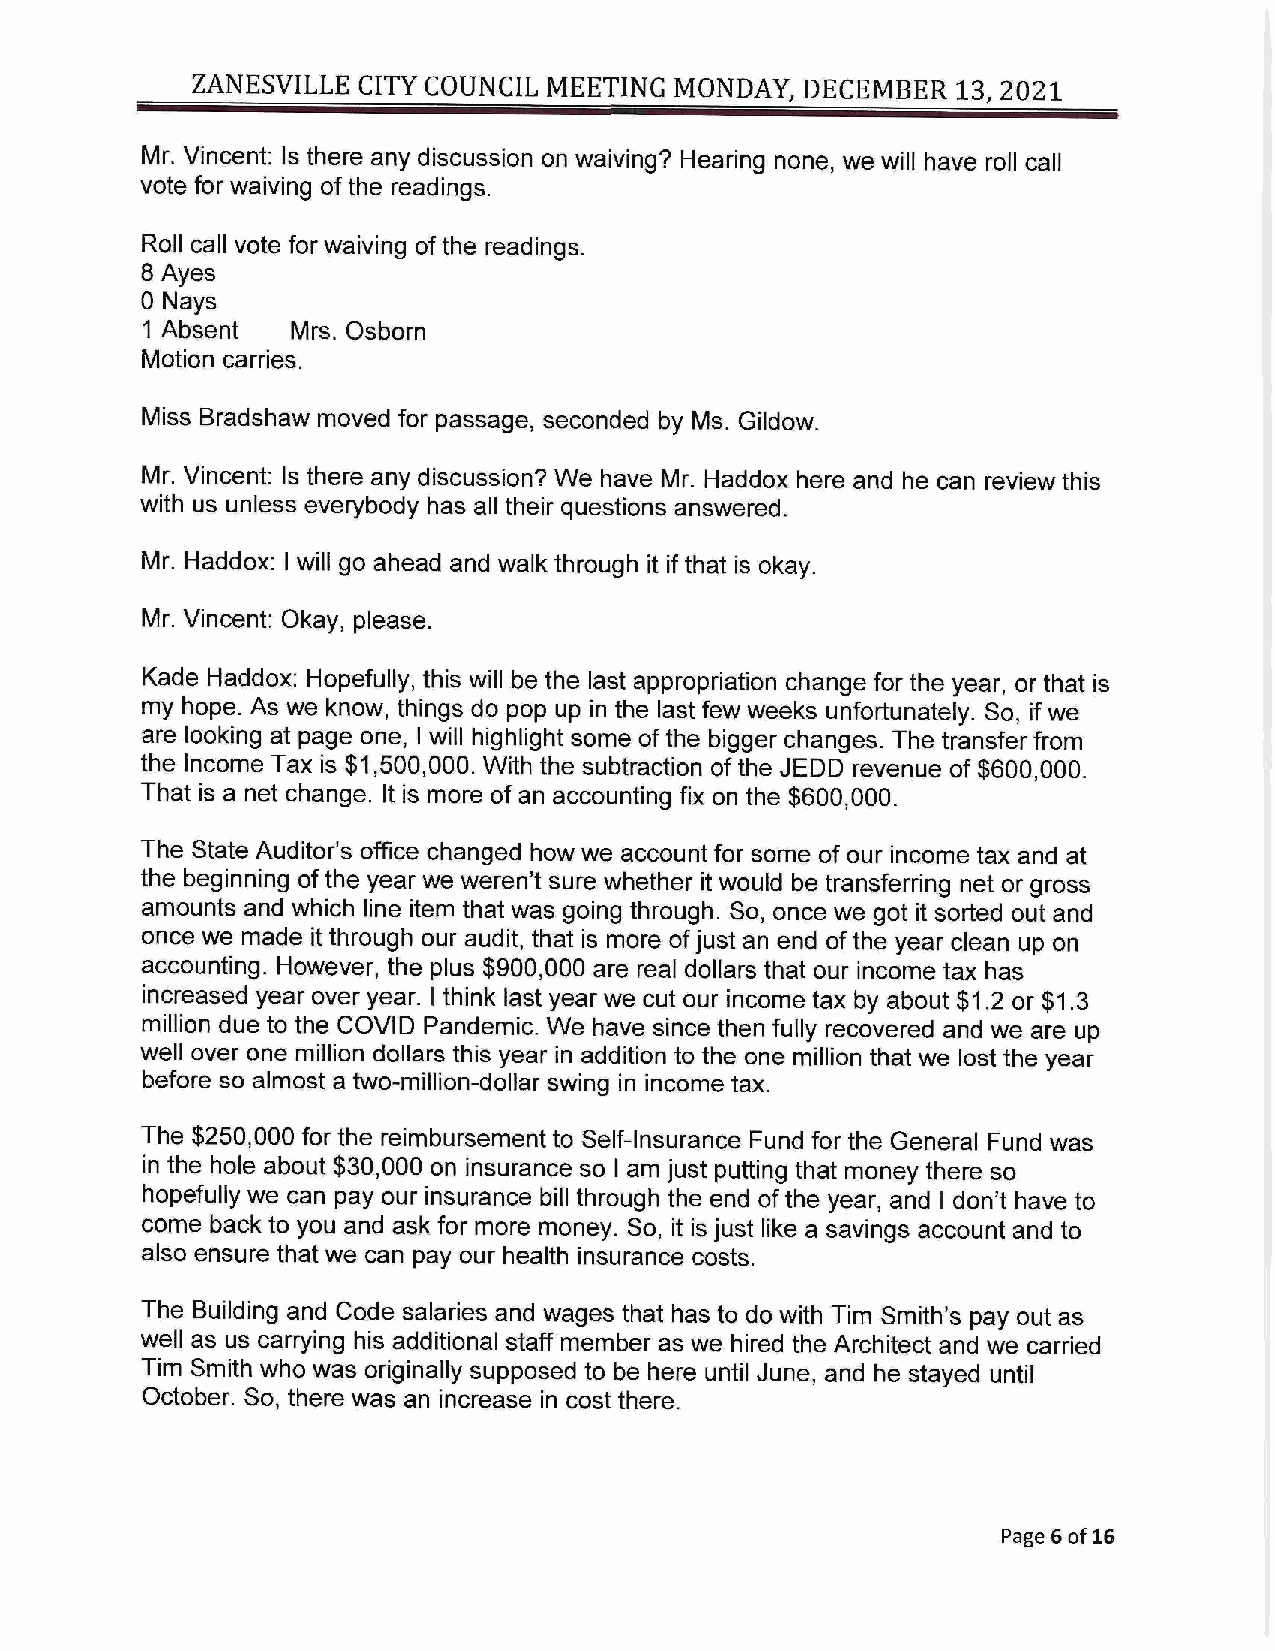
ZANESVILLE CITY COUNCIL MEETING MONDAY, DECEMBER  13, 2021
 Mr. Vincent: Is there any discussion on waiving? Hearing none, we will have roll call
 vote for waiving of the readings.
 Roll call vote for waiving of the readings.
 8Ayes
 0 Nays
 1 Absent  Mrs. Osborn
 Motion carries.
 Miss Bradshaw moved for passage, seconded by Ms. Gildow.
 Mr. Vincent: Is there any discussion? We have Mr. Haddox here and he can review this
 with us unless everybody has all their questions answered.
 Mr. Haddox: I will go ahead and walk through it if that is okay.
 Mr. Vincent: Okay, please.
 Kade Haddox: Hopefully, this will be the last appropriation change for the year, or that is
 my hope. As we know, things do pop up in the last few weeks unfortunately. So, if we
 are looking at page one, I will highlight some of the bigger changes. The transfer from
 the Income Tax is $1,500,000. With the subtraction of the JEDD revenue of $600,000.
 That is a net change. It is more of an accounting fix on the $600,000.
 The State Auditor's office changed how we account for some of our income tax and at
 the beginning of the year we weren't sure whether it would be transferring net or gross
 amounts and which line item that was going through. So, once we got it sorted out and
 once we made it through our audit, that is more of just an end of the year clean up on
 accounting. However, the plus $900,000 are real dollars that our income tax has
 increased year over year. I think last year we cut our income tax by about $1.2 or $1.3
 million due to the COVID Pandemic. We have since then fully recovered and we are up
 well over one million dollars this year in addition to the one million that we lost the year
 before so almost a two-million-dollar swing in income tax.
 The $250,000 for the reimbursement to Self-Insurance Fund for the General Fund was
 in the hole about $30,000 on insurance so I am just putting that money there so
 hopefully we can pay our insurance bill through the end of the year, and I don't have to
 come back to you and ask for more money. So, it is just like a savings account and to
 also ensure that we can pay our health insurance costs.
 The Building and Code salaries and wages that has to do with Tim Smith's pay out as
 well as us carrying his additional staff member as we hired the Architect and we carried
 Tim Smith who was originally supposed to be here until June, and he stayed until
 October. So, there was an increase in cost there.
 Page 6 of 16